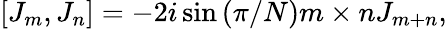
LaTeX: [J_{m},J_{n}]=-2i\sin{(\pi/N)m\times n}J_{m+n},